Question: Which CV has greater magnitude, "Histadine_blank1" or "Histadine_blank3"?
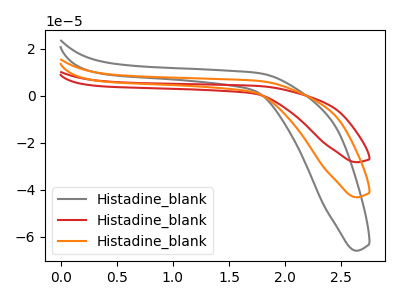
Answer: <think>The gray curve "Histadine_blank1" has no peaks. The red curve "Histadine_blank2" has no peaks. The orange curve "Histadine_blank3" has no peaks.
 Neither "Histadine_blank1" or "Histadine_blank3" have any peaks.</think>
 <answer>I cant tell if "Histadine_blank1" or "Histadine_blank3" has more signal.</answer>
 <eval>mixed_signal</eval>